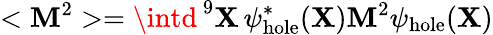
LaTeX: <\mathbf{M}^{2}>=\intd^{\, 9}{\mathbf{X}}\, \psi_{\mathrm{{hole}}}^{*}({\mathbf{X}})\mathbf{M}^{2}\psi_{\mathrm{{hole}}}({\mathbf{X}})